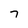
Character: 7